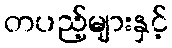
တပည့်များနှင့်